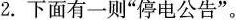
2.下面有一则”停电公告”。